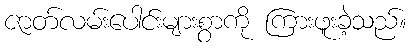
ဇာတ်လမ်းပေါင်းများစွာကို ကြားဖူးခဲ့သည်။